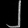
Digit: ၂